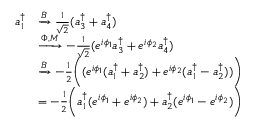
\begin{array} { r l } { a _ { 1 } ^ { \dagger } } & { \xrightarrow { B } \frac { 1 } { \sqrt { 2 } } ( a _ { 3 } ^ { \dagger } + a _ { 4 } ^ { \dagger } ) } \\ & { \xrightarrow { \Phi , M } - \frac { 1 } { \sqrt { 2 } } ( e ^ { i \phi _ { 1 } } a _ { 3 } ^ { \dagger } + e ^ { i \phi _ { 2 } } a _ { 4 } ^ { \dagger } ) } \\ & { \xrightarrow { B } - \frac 1 2 \bigg ( ( e ^ { i \phi _ { 1 } } ( a _ { 1 } ^ { \dagger } + a _ { 2 } ^ { \dagger } ) + e ^ { i \phi _ { 2 } } ( a _ { 1 } ^ { \dagger } - a _ { 2 } ^ { \dagger } ) ) \bigg ) } \\ & { = - \frac 1 2 \bigg ( a _ { 1 } ^ { \dagger } ( e ^ { i \phi _ { 1 } } + e ^ { i \phi _ { 2 } } ) + a _ { 2 } ^ { \dagger } ( e ^ { i \phi _ { 1 } } - e ^ { i \phi _ { 2 } } ) \bigg ) } \end{array}